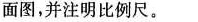
面图，并注明比例尺。